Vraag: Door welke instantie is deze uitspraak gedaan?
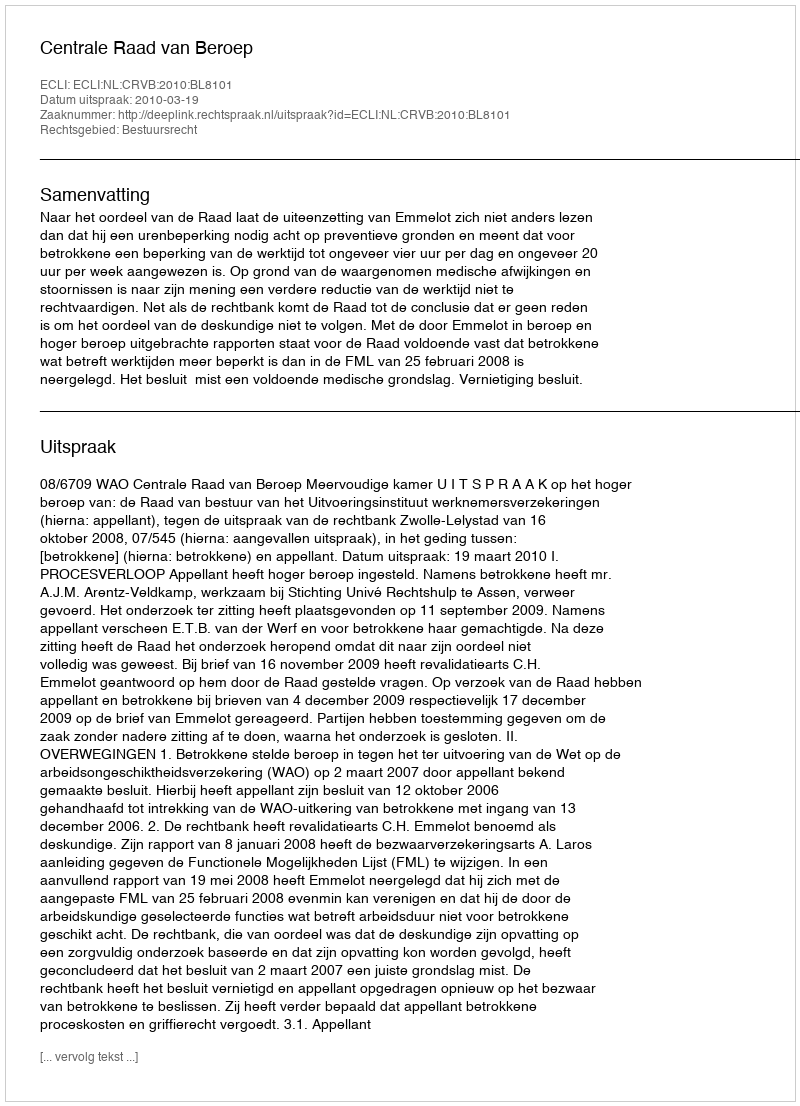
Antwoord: Centrale Raad van Beroep